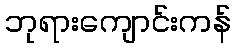
ဘုရားကျောင်းကန်